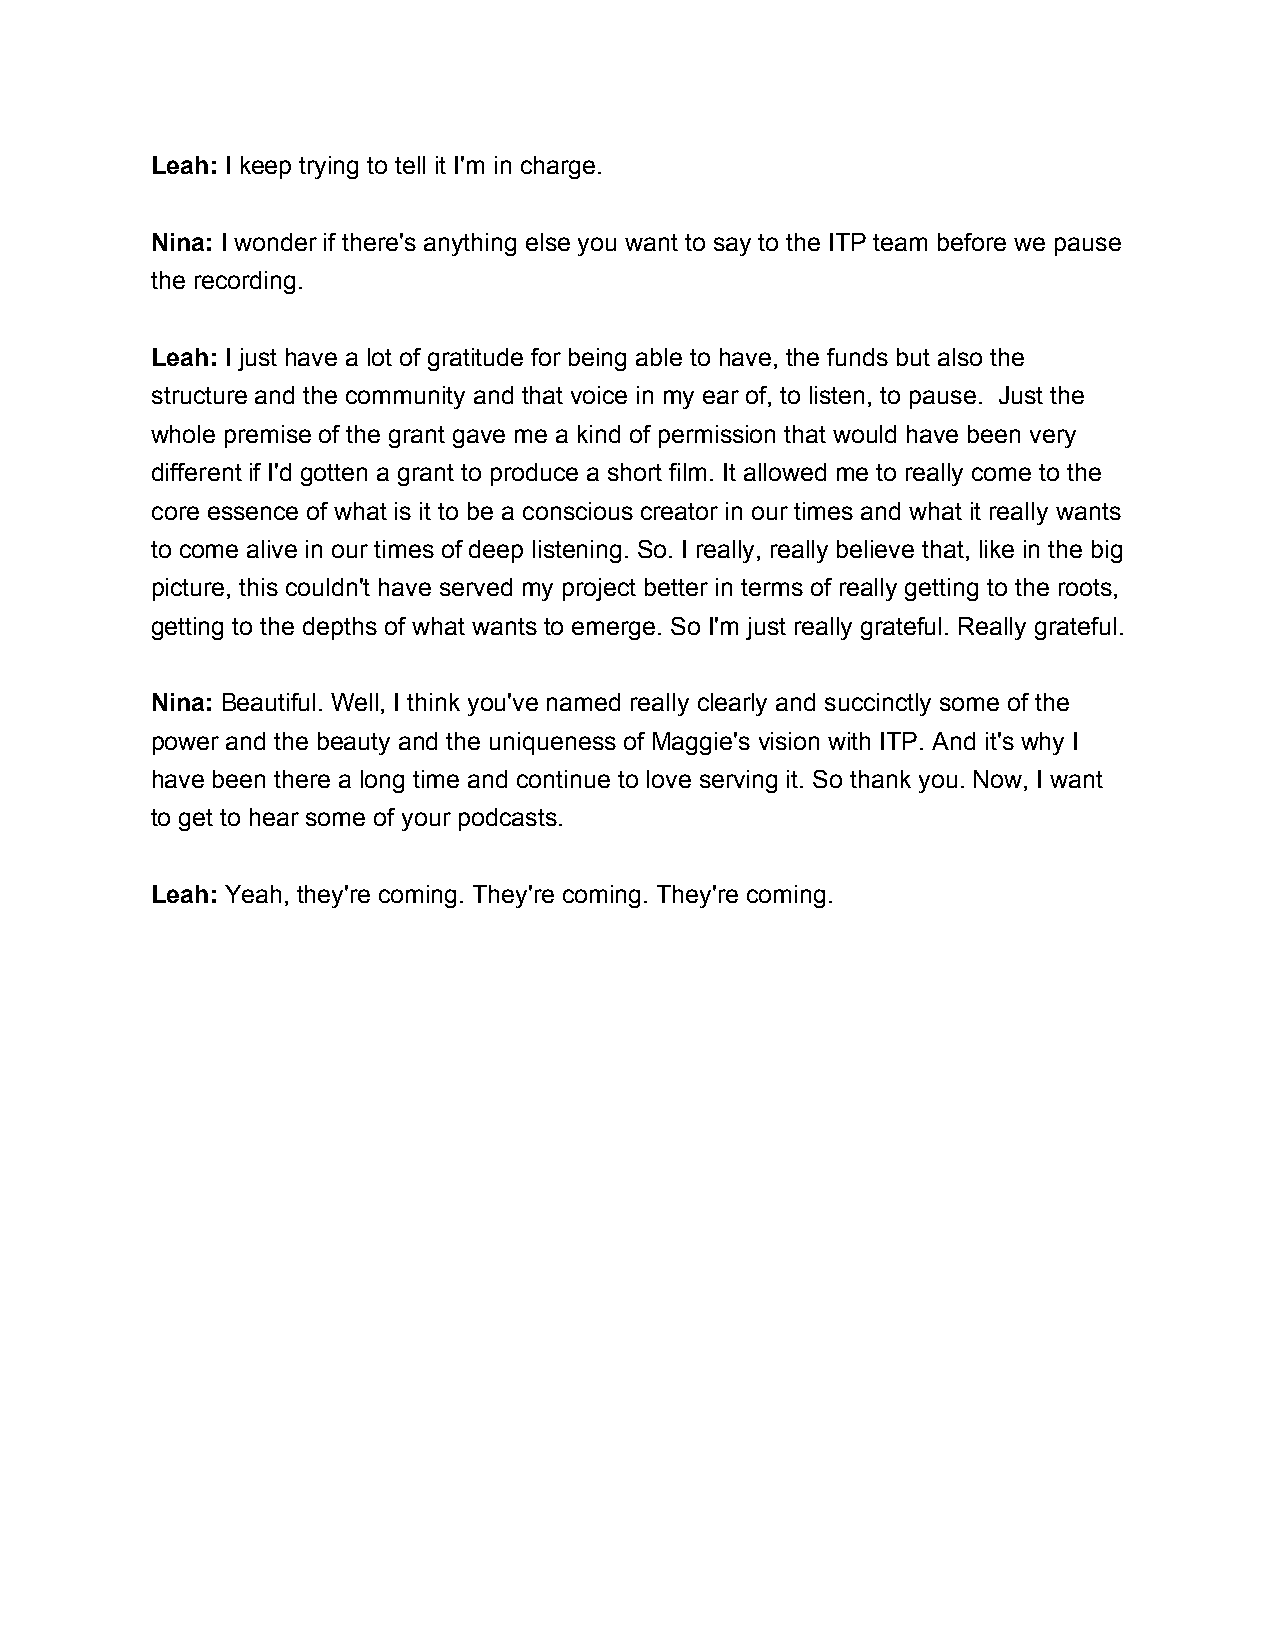
Leah: I keep trying to tell it I'm in charge.
 Nina: I wonder if there's anything else you want to say to the ITP team before we pause
 the recording.
 Leah: I just have a lot of gratitude for being able to have, the funds but also the
 structure and the community and that voice in my ear of, to listen, to pause. Just the
 whole premise of the grant gave me a kind of permission that would have been very
 different if I'd gotten a grant to produce a short film. It allowed me to really come to the
 core essence of what is it to be a conscious creator in our times and what it really wants
 to come alive in our times of deep listening. So. I really, really believe that, like in the big
 picture, this couldn't have served my project better in terms of really getting to the roots,
 getting to the depths of what wants to emerge. So I'm just really grateful. Really grateful.
 Nina: Beautiful. Well, I think you've named really clearly and succinctly some of the
 power and the beauty and the uniqueness of Maggie's vision with ITP. And it's why I
 have been there a long time and continue to love serving it. So thank you. Now, I want
 to get to hear some of your podcasts.
 Leah: Yeah, they're coming. They're coming. They're coming.